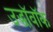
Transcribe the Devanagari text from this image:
उद्धॉवॉक